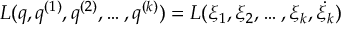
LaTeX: L ( q , q ^ { ( 1 ) } , q ^ { ( 2 ) } , \dots , q ^ { ( k ) } ) = L ( \xi _ { 1 } , \xi _ { 2 } , \dots , \xi _ { k } , \dot { \xi _ { k } } )